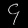
Digit: ၄